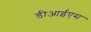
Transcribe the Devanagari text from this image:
डीआईएस